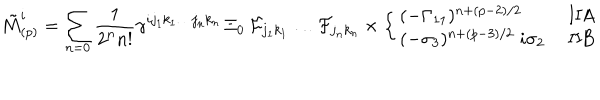
\tilde { M } _ { ( p ) } ^ { i } = \sum _ { n = 0 } { \frac { 1 } { 2 ^ { n } n ! } } \gamma ^ { i j _ { 1 } k _ { 1 } \dots j _ { n } k _ { n } } \, \Xi _ { 0 } \, { \cal F } _ { j _ { 1 } k _ { 1 } } \dots { \cal F } _ { j _ { n } k _ { n } } \times \left\{ \left\{ \begin{cases} { { ( - \Gamma _ { 1 1 } ) ^ { n + ( p - 2 ) / 2 } } } & { { I I A } } \\ { { ( - \sigma _ { 3 } ) ^ { n + ( p - 3 ) / 2 } \; i \sigma _ { 2 } } } & { { I I B } } \\ \end{cases} \right. \right.